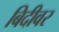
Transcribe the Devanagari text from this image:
बिदीवर